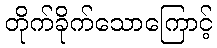
တိုက်ခိုက်သောကြောင့်